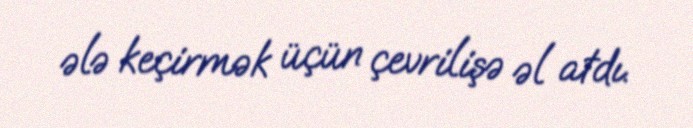
ələ keçirmək üçün çevrilişə əl atdı.